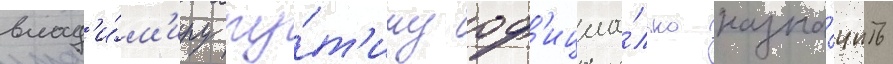
влад'и́м'иру пу́т'ину оф'ициа́льно назна́чить